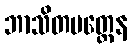
ဘာသိတမတ္တေန